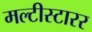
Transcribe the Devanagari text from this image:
मल्टीस्टारर